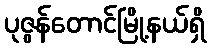
ပုဇွန်တောင်မြို့နယ်ရှိ